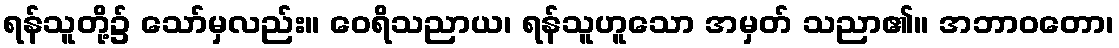
ရန်သူတို့၌ သော်မှလည်း။ ဝေရိသညာယ၊ ရန်သူဟူသော အမှတ် သညာ၏။ အဘာဝတော၊